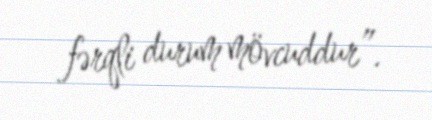
fərqli durum mövcuddur”.